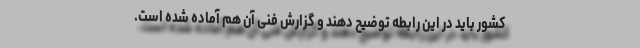
کشور باید در این رابطه توضیح دهند و گزارش فنی آن هم آماده شده است.